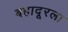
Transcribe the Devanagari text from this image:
बहादूरला